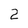
Character: 2